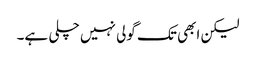
لیکن ابھی تک گولی نہیں چلی ہے۔